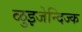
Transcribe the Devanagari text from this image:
ळुइजेन्दिज्क